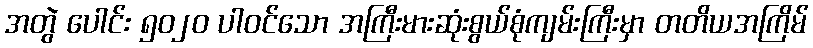
အတွဲ ပေါင်း ၅၀၂၀ ပါဝင်သော အကြီးမားဆုံးစွယ်စုံကျမ်းကြီးမှာ တတိယအကြိမ်